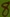
Text: 8